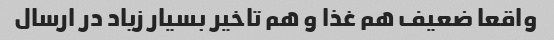
واقعا ضعیف هم غذا و هم تاخیر بسیار زیاد در ارسال